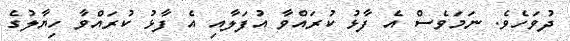
ދުވަހެވެ. ނަމަވެސް އެ ފާޅު ކުރައްވާ އުފަލާއި އެ ފާޅު ކުރައްވާ ހިޔާލުގެ